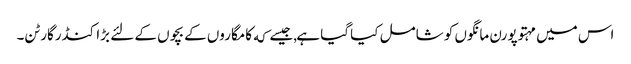
اس میں مہتوپورن مانگوں کو شامل کیا گیا ہے,جیسے که کامگاروں کے بچوں کے لئے بڑا کنڈرگارٹن۔